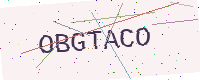
Text: OBGTACO